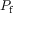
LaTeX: P _ { \mathrm { f } }